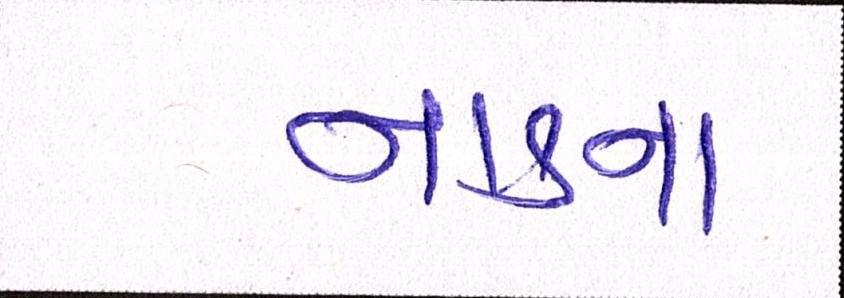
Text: નાકના